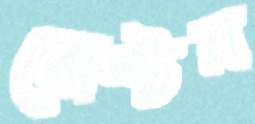
বোস্টন